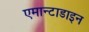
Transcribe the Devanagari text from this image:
एमान्टाडाइन